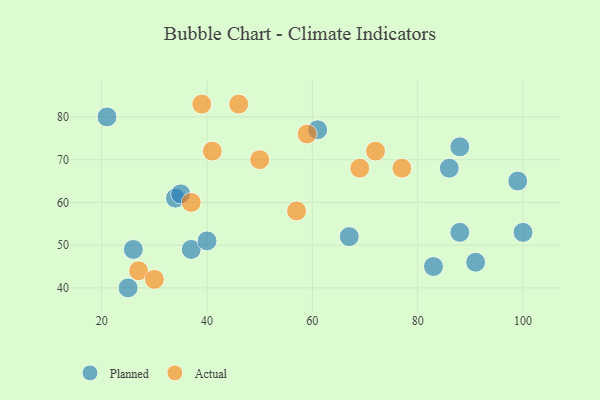
{"axis": {"x": "GDP", "y": "Life Expectancy"}, "legend": ["Actual", "Planned"], "data": [{"x": "21", "y": 80, "type": "Planned"}, {"x": "26", "y": 49, "type": "Planned"}, {"x": "34", "y": 61, "type": "Planned"}, {"x": "67", "y": 52, "type": "Planned"}, {"x": "88", "y": 53, "type": "Planned"}, {"x": "83", "y": 45, "type": "Planned"}, {"x": "35", "y": 62, "type": "Planned"}, {"x": "25", "y": 40, "type": "Planned"}, {"x": "86", "y": 68, "type": "Planned"}, {"x": "88", "y": 73, "type": "Planned"}, {"x": "37", "y": 49, "type": "Planned"}, {"x": "40", "y": 51, "type": "Planned"}, {"x": "61", "y": 77, "type": "Planned"}, {"x": "99", "y": 65, "type": "Planned"}, {"x": "91", "y": 46, "type": "Planned"}, {"x": "100", "y": 53, "type": "Planned"}, {"x": "69", "y": 68, "type": "Actual"}, {"x": "39", "y": 83, "type": "Actual"}, {"x": "46", "y": 83, "type": "Actual"}, {"x": "57", "y": 58, "type": "Actual"}, {"x": "27", "y": 44, "type": "Actual"}, {"x": "72", "y": 72, "type": "Actual"}, {"x": "77", "y": 68, "type": "Actual"}, {"x": "37", "y": 60, "type": "Actual"}, {"x": "50", "y": 70, "type": "Actual"}, {"x": "41", "y": 72, "type": "Actual"}, {"x": "30", "y": 42, "type": "Actual"}, {"x": "59", "y": 76, "type": "Actual"}]}